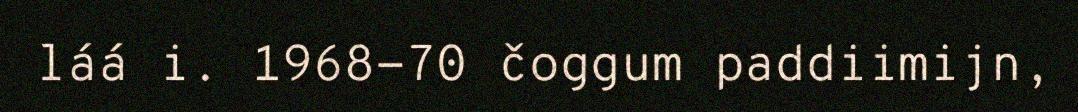
láá i. 1968-70 čoggum paddiimijn,